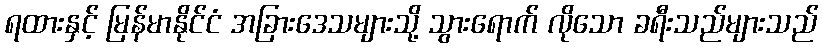
ရထားနှင့် မြန်မာနိုင်ငံ အခြားဒေသများသို့ သွားရောက် လိုသော ခရီးသည်များသည်